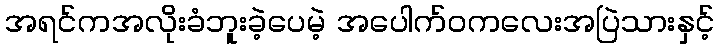
အရင်ကအလိုးခံဘူးခဲ့ပေမဲ့ အပေါက်ဝကလေးအပြဲသားနှင့်